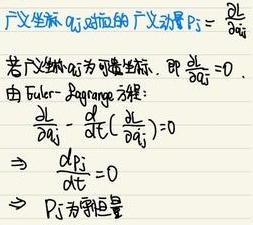
广义坐标\(q_j\)对应的广义动量\(p_j = \frac{\partial L}{\partial \dot{q}_j}\)。

若广义坐标\(q_j\)为可遗坐标，即\(\frac{\partial L}{\partial q_j} = 0\)，由Euler - Lagrange方程：
\[\frac{\partial L}{\partial q_j}-\frac{d}{dt}\left(\frac{\partial L}{\partial \dot{q}_j}\right)=0\]
\[\Rightarrow \frac{d p_j}{dt}=0\]
\[\Rightarrow p_j \text{为守恒量}\]